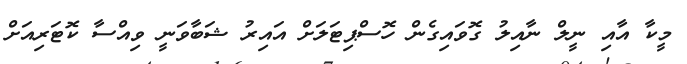
މީކާ އާއި ނީލް ނާއިލު ގޮވައިގެން ހޮސްޕިޓަލަށް އައިރު ޝަބާވަނީ ވިއްސާ ކޮޓަރިއަށް